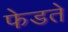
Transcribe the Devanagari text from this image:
फेडते